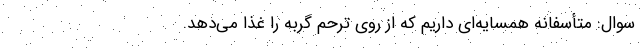
سوال: متأسفانه همسایه‌ای داریم که از روی ترحم گربه را غذا می‌دهد.